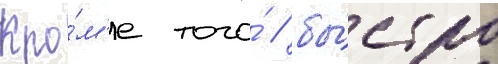
Кро́м'е того́ / бы́стро